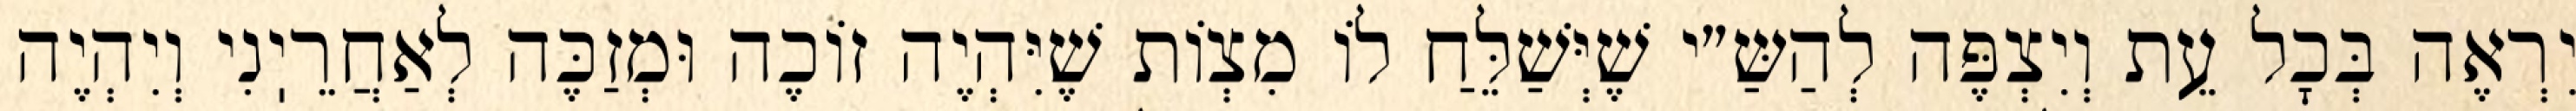
יִרְאֶה בְּכׇל עֵת וְיִצְפֶּה לְהַשַּ״י שֶׁיְּשַׁלֵּחַ לוֹ מִצְוֹת שֶׁיִּהְיֶה זוֹכֶה וּמְזַכֶּה לְאַחֲרֵיֽנִי וְיִהְיֶה